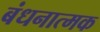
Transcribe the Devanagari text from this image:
बंधनात्मक